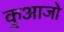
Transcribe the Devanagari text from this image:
कुआजो